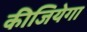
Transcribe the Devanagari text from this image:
कीजियेगा